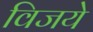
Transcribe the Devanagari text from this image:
विजये